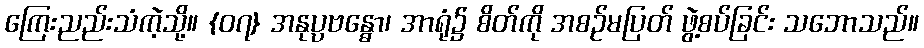
ကြေးညည်းသံကဲ့သို့။ {၀၇} အနုပ္ပဗန္ဓော၊ အာရုံ၌ စိတ်ကို အစဉ်မပြတ် ဖွဲ့စပ်ခြင်း သဘောသည်။